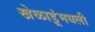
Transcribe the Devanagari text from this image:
खेळाडूंमधली